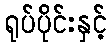
ရုပ်ပိုင်းနှင့်